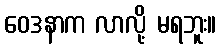
ဝေဒနာက လာလို့ မရဘူး။